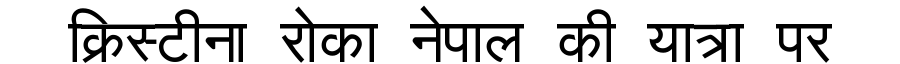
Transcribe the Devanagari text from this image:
क्रिस्टीना रोका नेपाल की यात्रा पर